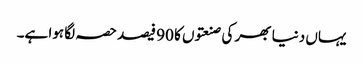
یہاں دنیا بھر کی صنعتوں کا 90 فیصد حصہ لگا ہوا ہے۔